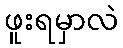
ဖူးရမှာလဲ